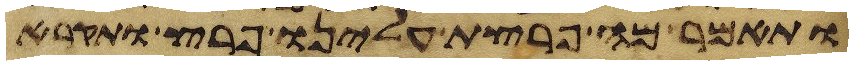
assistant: ותאמר מה פרצת עלינו פרץ ותקרא